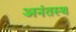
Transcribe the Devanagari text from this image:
अनंतस्थ